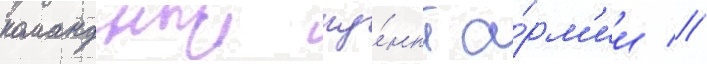
командныи пу́нкт а́рм'ии //